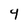
Character: 4